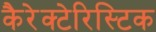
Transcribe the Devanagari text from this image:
कैरेक्टेरिस्टिक